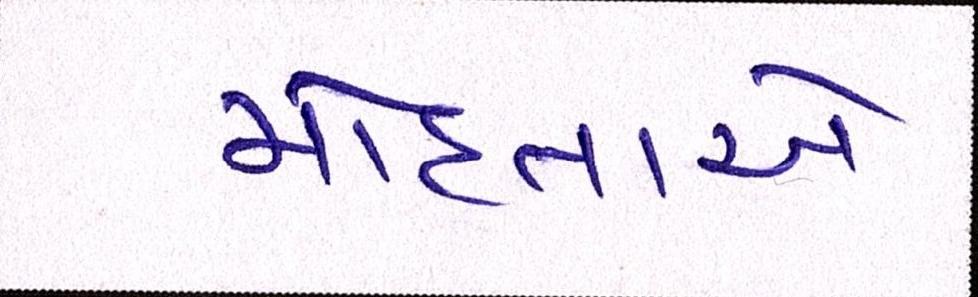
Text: મોહતાએ